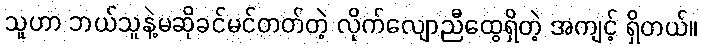
သူဟာ ဘယ်သူနဲ့မဆိုခင်မင်တတ်တဲ့ လိုက်လျောညီထွေရှိတဲ့ အကျင့် ရှိတယ်။